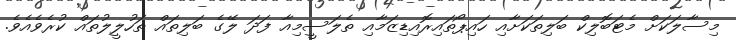
މިސާލަކަށް މެޓަބޮލިކް ބަލިތަކަށާއި ހައިޕޯތައިރޮއިޑިޒަމާއި ތެލަސީމިއާ ފަދަ ލޭގެ ބަލިތައް ތަހުލީލުތައް ކުރެވެއެވެ.